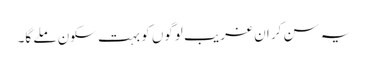
یہ سن کر ان غریب لوگوں کو بہت سکون ملے گا۔